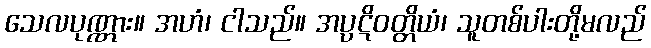
သေလပုဏ္ဏား။ အဟံ၊ ငါသည်။ အပ္ပဋိဝတ္တိယံ၊ သူတစ်ပါးတို့မလည်